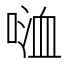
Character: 𠸡